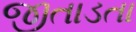
જીતાડતા